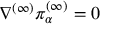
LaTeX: \nabla ^ { ( \infty ) } \pi _ { \alpha } ^ { ( \infty ) } = 0